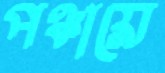
পঞ্চায়ে